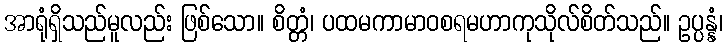
အာရုံရှိသည်မူလည်း ဖြစ်သော။ စိတ္တံ၊ ပထမကာမာဝစရမဟာကုသိုလ်စိတ်သည်။ ဥပ္ပန္နံ၊